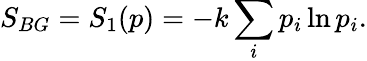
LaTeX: S_{BG}=S_{1}(p)=-k\sum_{i}p_{i}\ln p_{i}.